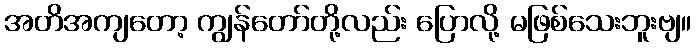
အတိအကျတော့ ကျွန်တော်တို့လည်း ပြောလို့ မဖြစ်သေးဘူးဗျ။